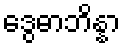
ဒွေဓာဘိန္နာ